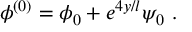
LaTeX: \phi ^ { ( 0 ) } = \phi _ { 0 } + e ^ { 4 y / l } \psi _ { 0 } \ .